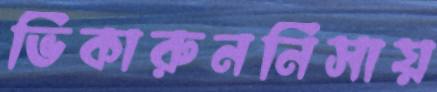
ভিকারুননিসায়